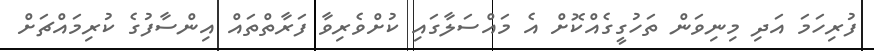
ފުރިހަމަ އަދި މިނިވަން ތަހުގީގެއްކޮށް އެ މައްސަލާގައި ކުށްވެރިވާ ފަރާތްތައް އިންސާފުގެ ކުރިމައްޗަށް